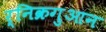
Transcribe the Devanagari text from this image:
र्निक्रगुआन